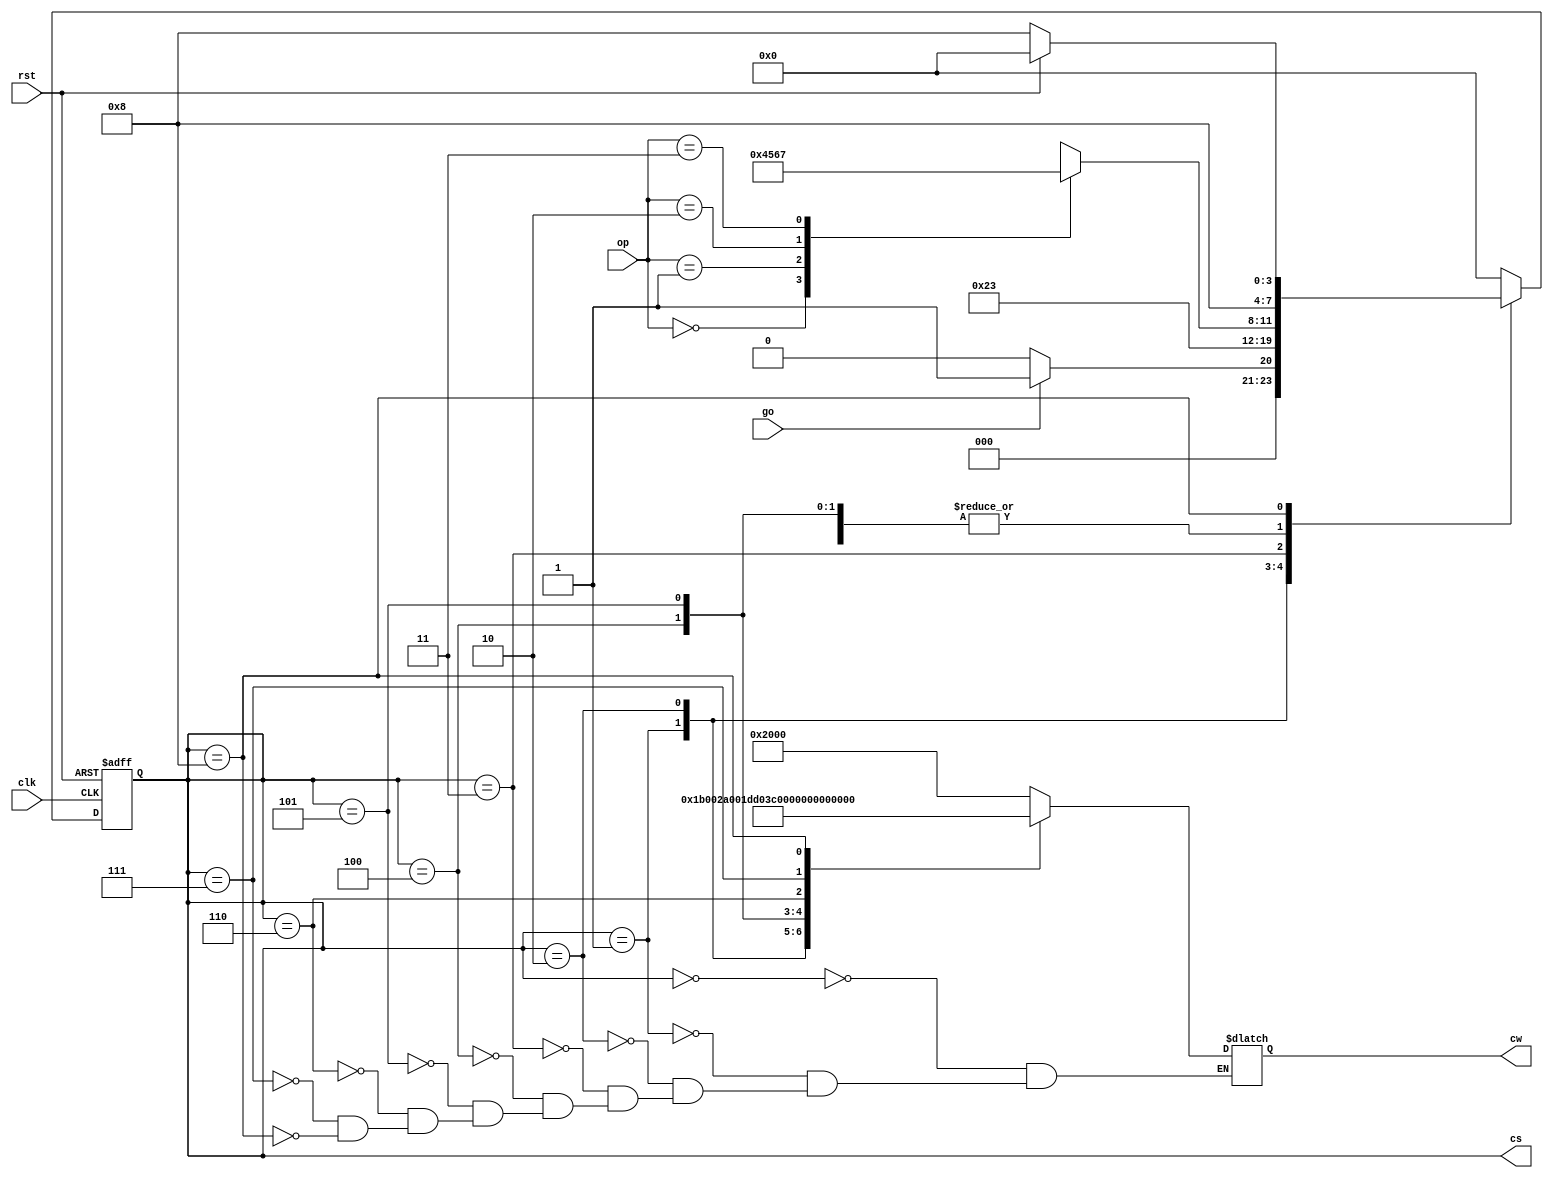
module Calc_CU(
    input go, clk, rst,
    input [1:0] op,
    output [3:0] cs,
    output reg [14:0] cw //s1[14:13], wa[12:11], we[10], raa[9:8], rea[7], rab[6:5], reb[4], c[3:2], s2[1], done[0]
);

//encode states
parameter Idle                  = 4'd0,
          In1_into_R1           = 4'd1,
          In2_into_R2           = 4'd2,
          Wait                  = 4'd3,
          R1_plus_R2_into_R3    = 4'd4,
          R1_minus_R2_into_R3   = 4'd5,
          R1_and_R2_into_R3     = 4'd6,
          R1_xor_R2_into_R3     = 4'd7,
          out_done              = 4'd8;

//Next and Current State
reg [3:0] CS, NS;

//Next-State Logic (combinational) based on the state transition diagram
always @ (CS, go)
begin
    case(CS)
        Idle:                   NS <= (go) ? In1_into_R1 : Idle;
        In1_into_R1:            NS <= In2_into_R2;
        In2_into_R2:            NS <= Wait;
        Wait:
            begin
                  case(op)
                     2'b00:     NS <= R1_plus_R2_into_R3;
                     2'b01:     NS <= R1_minus_R2_into_R3;
                     2'b10:     NS <= R1_and_R2_into_R3;
                     2'b11:     NS <= R1_xor_R2_into_R3;
                  endcase
            end
        R1_plus_R2_into_R3:     NS <= out_done;
        R1_minus_R2_into_R3:    NS <= out_done;
        R1_and_R2_into_R3:      NS <= out_done;
        R1_xor_R2_into_R3:      NS <= out_done;
        out_done:               NS <= (rst) ? Idle : out_done;
        default:                NS <= Idle;
     endcase
end

//State Register (sequential)
always @ (posedge clk, posedge rst)
    if (rst)
        CS <= Idle;
    else
        CS <= NS;

//Output Logic (combinational) based on output table
always @ (CS)
begin
    case(CS)               //cw <= {s1, wa, we, raa, rea, rab, reb, c, s2, done}
        Idle:                cw <= 15'b01_00_0_00_0_00_0_00_0_0;
        In1_into_R1:         cw <= 15'b11_01_1_00_0_00_0_00_0_0;
        In2_into_R2:         cw <= 15'b10_10_1_00_0_00_0_00_0_0;
        Wait:                cw <= 15'b01_00_0_00_0_00_0_00_0_0;
        R1_plus_R2_into_R3:  cw <= 15'b00_11_1_01_1_10_1_00_0_0;
        R1_minus_R2_into_R3: cw <= 15'b00_11_1_01_1_10_1_01_0_0;
        R1_and_R2_into_R3:   cw <= 15'b00_11_1_01_1_10_1_10_0_0;
        R1_xor_R2_into_R3:   cw <= 15'b00_11_1_01_1_10_1_11_0_0;
        out_done:            cw <= 15'b01_00_0_11_1_11_1_10_1_1;    
    endcase

end

assign cs = CS;
          


endmodule